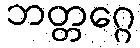
ဘတ္တဂ္ဂေ